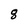
Character: 8